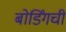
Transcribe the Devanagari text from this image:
बोर्डिंगची